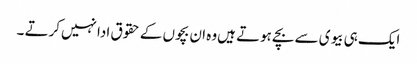
ایک ہی بیوی سے بچے ہوتے ہیں‌وہ ان بچوں کے حقوق ادا نہیں‌کرتے ۔